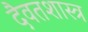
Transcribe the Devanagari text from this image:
दैवतशास्त्र